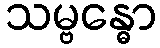
သမ္ဗန္ဓော